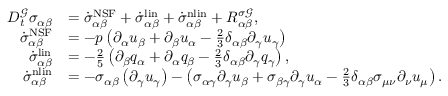
\begin{array} { r l } { D _ { t } ^ { \mathcal { G } } \sigma _ { \alpha \beta } } & { = \dot { \sigma } _ { \alpha \beta } ^ { \mathrm { N S F } } + \dot { \sigma } _ { \alpha \beta } ^ { \mathrm { l i n } } + \dot { \sigma } _ { \alpha \beta } ^ { \mathrm { n l i n } } + R _ { \alpha \beta } ^ { \sigma \mathcal { G } } , } \\ { \dot { \sigma } _ { \alpha \beta } ^ { \mathrm { N S F } } } & { = - p \left( \partial _ { \alpha } u _ { \beta } + \partial _ { \beta } u _ { \alpha } - \frac { 2 } { 3 } \delta _ { \alpha \beta } \partial _ { \gamma } u _ { \gamma } \right) } \\ { \dot { \sigma } _ { \alpha \beta } ^ { \mathrm { l i n } } } & { = - \frac { 2 } { 5 } \left( \partial _ { \beta } q _ { \alpha } + \partial _ { \alpha } q _ { \beta } - \frac { 2 } { 3 } \delta _ { \alpha \beta } \partial _ { \gamma } q _ { \gamma } \right) , } \\ { \dot { \sigma } _ { \alpha \beta } ^ { \mathrm { n l i n } } } & { = - \sigma _ { \alpha \beta } \left( \partial _ { \gamma } u _ { \gamma } \right) - \left( \sigma _ { \alpha \gamma } \partial _ { \gamma } u _ { \beta } + \sigma _ { \beta \gamma } \partial _ { \gamma } u _ { \alpha } - \frac { 2 } { 3 } \delta _ { \alpha \beta } \sigma _ { \mu \nu } \partial _ { \nu } u _ { \mu } \right) . } \end{array}